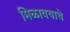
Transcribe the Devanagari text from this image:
मिळावयाचे